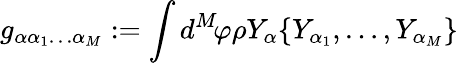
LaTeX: g_{\alpha\alpha_{1}\ldots\alpha_{M}}:=\int d^{M}\! \varphi\rho Y_{\alpha}\{ Y_{\alpha_{1}},\ldots,Y_{\alpha_{M}}\}